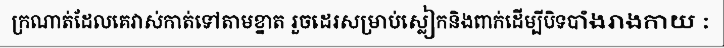
ក្រណាត់ដែលគេវាស់កាត់ទៅតាមខ្នាត រួចដេរសម្រាប់ស្លៀកនិងពាក់ដើម្បីបិទបាំងរាងកាយ :